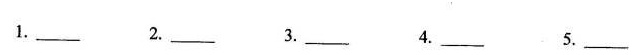
1.___ 2.___ 3.___ 4.___ 5.___